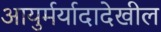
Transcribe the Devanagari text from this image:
आयुर्मर्यादादेखील